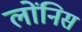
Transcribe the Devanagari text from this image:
लोंनिस